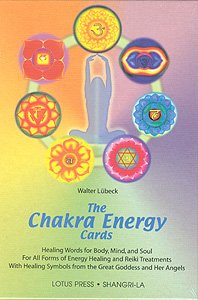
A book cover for Chakra Energy Cards, The Book and Card Set; Walter Luebeck; Religion & Spirituality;